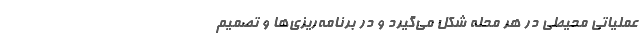
عملیاتی محیطی در هر محله شکل می‌گیرد و در برنامه‌ریزی‌ها و تصمیم